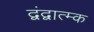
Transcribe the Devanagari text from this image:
द्वंद्वात्म्क